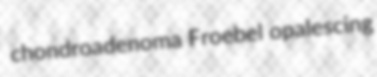
chondroadenoma Froebel opalescing